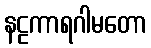
နဠကာရဂါမတော